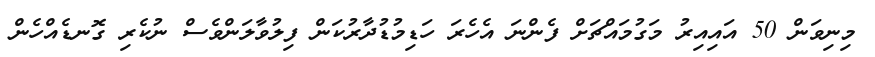
މިނިވަން 50 އައިއިރު މަގުމައްޗަށް ފެންނަ އެހެރަ ހަޑިމުޑުދާރުކަން ފިލުވާލަންވެސް ނުކެރި ގޮނޑެއްހެން